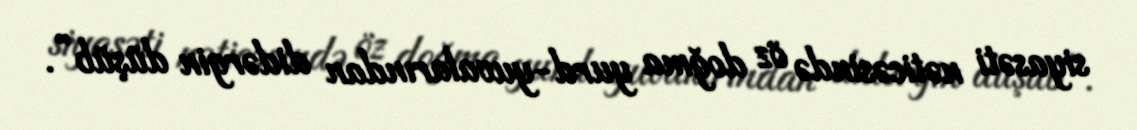
siyasəti nəticəsində öz doğma yurd-yuvalarından didərgin düşüb”.